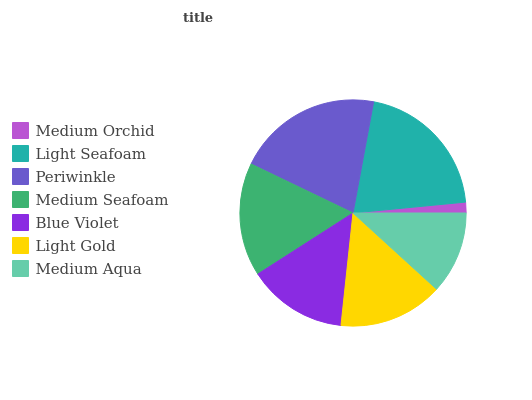
| Medium Orchid | Light Seafoam | Periwinkle | Medium Seafoam | Blue Violet | Light Gold | Medium Aqua |
 | --- | --- | --- | --- | --- | --- | --- |
 | 1.53% | 20.5% | 20.8% | 16.2% | 14.2% | 14.9% | 11.8% |